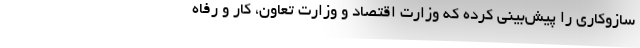
سازوکاری را پیش‌بینی کرده که وزارت اقتصاد و وزارت تعاون، کار و رفاه